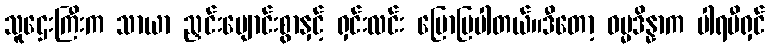
သူဌေးကြီးက သာယာ ညှင်းပျောင်းစွာနှင့် ရှင်းလင်း ပြောပြပါတယ်။ဒီတော့ ဓမ္မဒိန္နာက ပါရမီရှင်